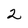
Character: 2